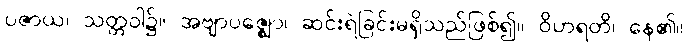
ပဇာယ၊ သတ္တဝါ၌။ အဗျာပဇ္ဈော၊ ဆင်းရဲခြင်းမရှိသည်ဖြစ်၍။ ဝိဟရတိ၊ နေ၏။